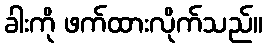
ခါးကို ဖက်ထားလိုက်သည်။